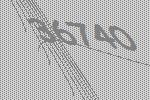
36740